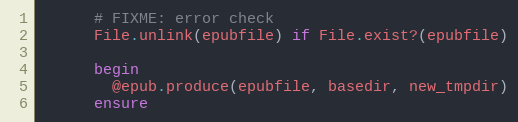
Language: Ruby
      # FIXME: error check
      File.unlink(epubfile) if File.exist?(epubfile)

      begin
        @epub.produce(epubfile, basedir, new_tmpdir)
      ensure